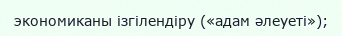
экономиканы ізгілендіру («адам әлеуеті»);